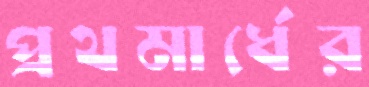
প্রথমার্ধের